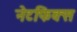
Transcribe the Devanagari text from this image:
नेटफिक्स